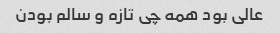
عالی بود همه چی تازه و سالم بودن